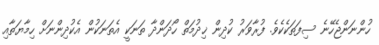
ހުންނަންޖެހޭނެ ސިފަތަކެކެވެ. ފުރާވަރު ކުދިން ޚިދުމަތް ހޯދަންދާ ތަނަކީ އެތަނަކުން އެކުދިންނަށް ހިމާޔަތާއި